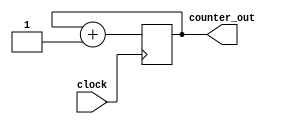
module simple_counter (input clock , output reg [31:0] counter_out);
always @ (posedge clock)// on positive clock edge
begin
 counter_out <= #1 counter_out + 1;// increment counter
end
endmodule